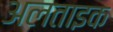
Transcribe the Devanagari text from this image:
अलताइक